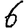
Digit: 6